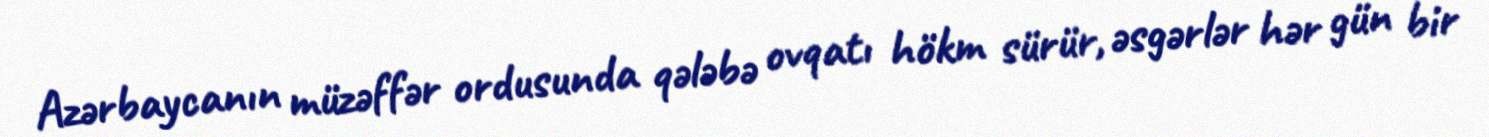
Azərbaycanın müzəffər ordusunda qələbə ovqatı hökm sürür, əsgərlər hər gün bir